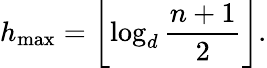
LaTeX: h_{\mathrm{max}}=\left\lfloor\log_{d}{\frac{n+1}{2}}\right\rfloor.